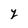
Character: y